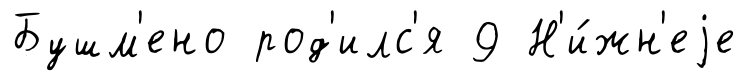
Бушм'ено род'илс'я 9 Н'и́жн'еjе